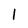
Character: 1